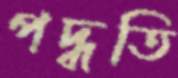
পদ্ধতি